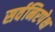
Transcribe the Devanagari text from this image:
सर्वनिरपेक्ष